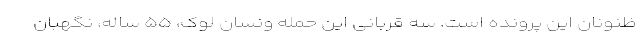
ظنونان این پرونده است. سه قربانی این حمله ونسان لوک، ۵۵ ساله، نگهبان